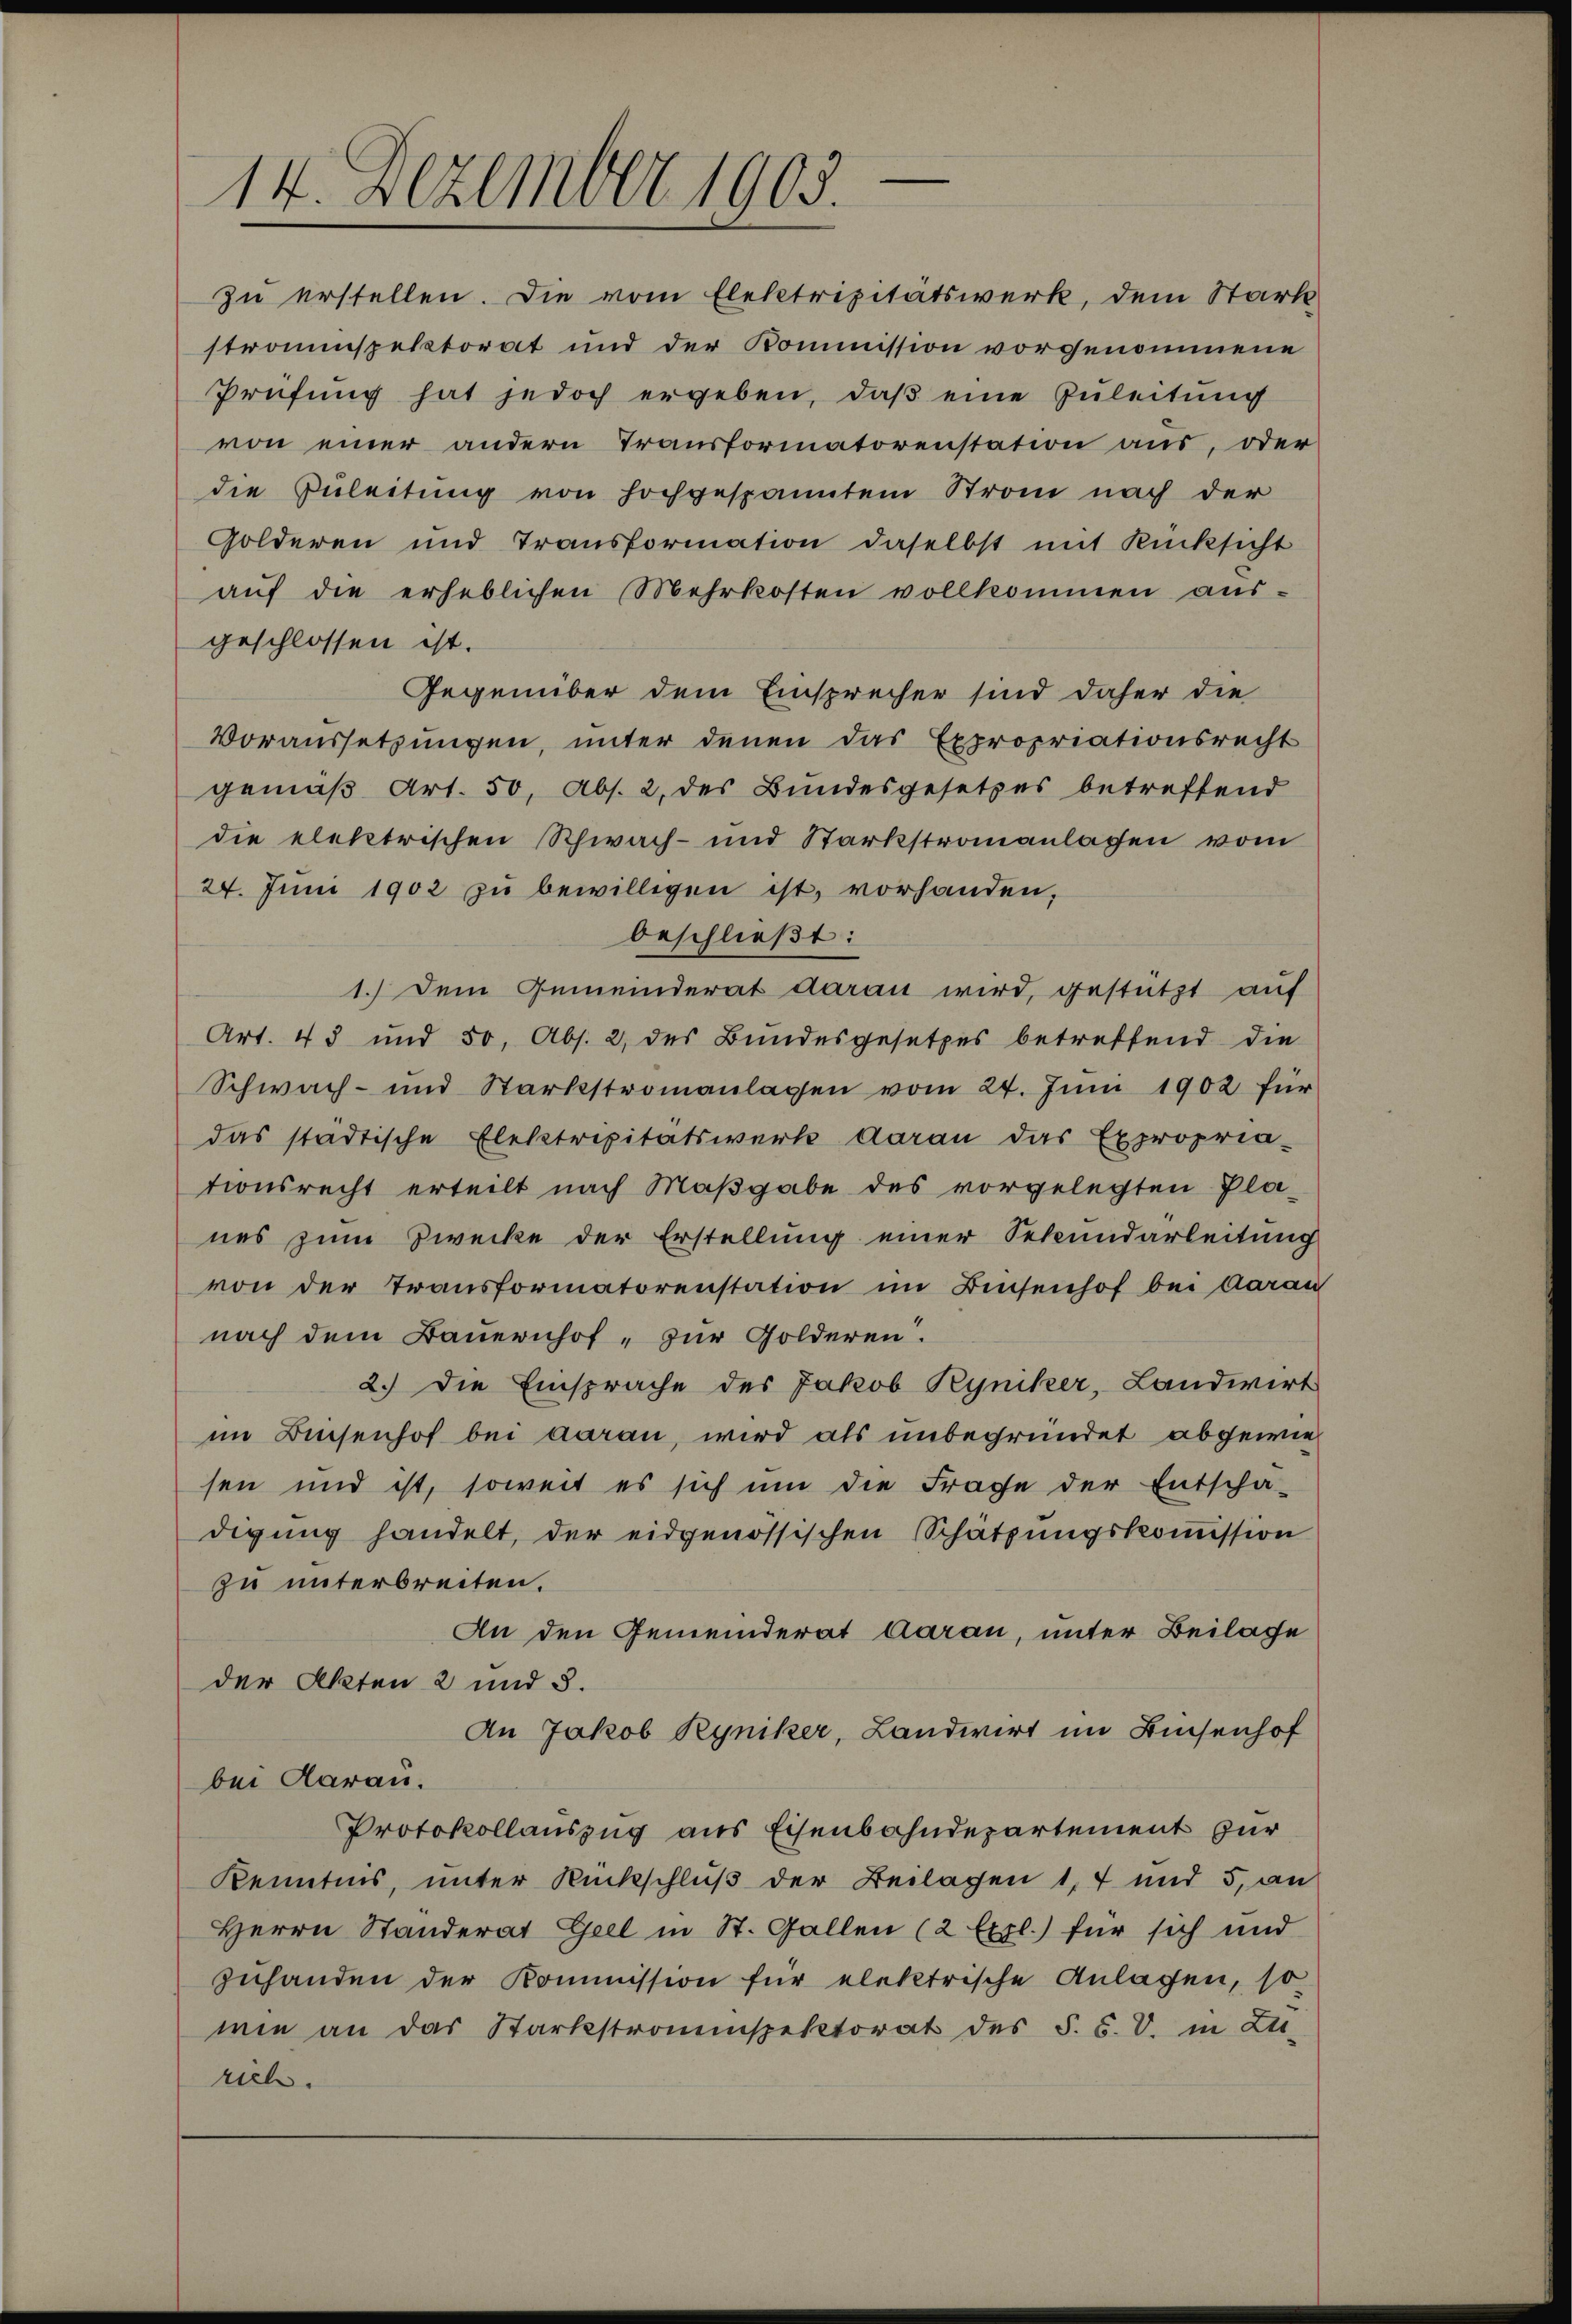
14. Dezember 1905.

beschließt:
1.) Dem Gemeinderat daran wird, gestützt auf
Art. 43 und 50, Abs. 2 des Bundesgesetzes betreffend die
Schwach- und Stärkstromanlassen vom 24. Juni 1902 für
das städtische Elektripitätswerk daran das Expropria-
tionsrecht erteilt nach Maßgabe des vorgelegten Pla-
nes zum Zwecke der Erstellung einer Sekundarleitung
von der Transformatorenstation im Biesenhof bei darau
nach dem Bauernhof - zur Golderen.
2.) Die Einsprache des Jakob Ryniker, Landwirt
im Beisenhof bei daran, wird als unbegründet abgewiesen und ist, soweit es sich um die Frage der Entschä-
digung handelt, der eidgenössischen Schätzungskoṁission
zu unterbreiten.
An den Gemeinderat Aarau, unter Beilage
der Akten 2 und 5.
An Jakob Ryniker, Landwirt im Biesenhof
bei darau.
Protokollauszug aus Eisenbahndepartement zur
Kenntnis, unter Rückschluß der Beilagen 1, 7 und 5, an
Herrn Ständerat Geel in St. Gallen (2 Expl.) für sich und
zuhanden der Kommission für elektrische Anlagen, so
wie an das Starkstromspektorat des §. 5. V. in Zu-
rich.

zu erstellen. Die vom Elektrizitätswerk, dem Stark
stroninspektorat und der Kommission vorgenommene
Prüfung hat jedoch ergeben, daβ eine Zuleitung
von einer andern Transformatorenstation aus, oder
die Zuleitung von hochgespanntem Strom nach der
Golderen und Transformation daselbst mit Rücksicht
aŭf die erheblichen Mehrkosten vollkommen aus-
geschlossen ist.
Gegenüber dem Einsprecher sind daher die
Voraussetzungen, unter denen das Expropriationsrecht
gemäß Art. 50, Abs. 2, des Bundesgesetzes betreffend
die elektrischen Schwach- und Stärkstromanlagen vom
24. Juni 1902 zu bewilligen ist, vorhanden,